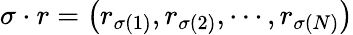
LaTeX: \sigma\cdot r=\left(r_{\sigma\left(1\right)},r_{\sigma\left(2\right)},\cdots,r_{\sigma\left(N\right)}\right)